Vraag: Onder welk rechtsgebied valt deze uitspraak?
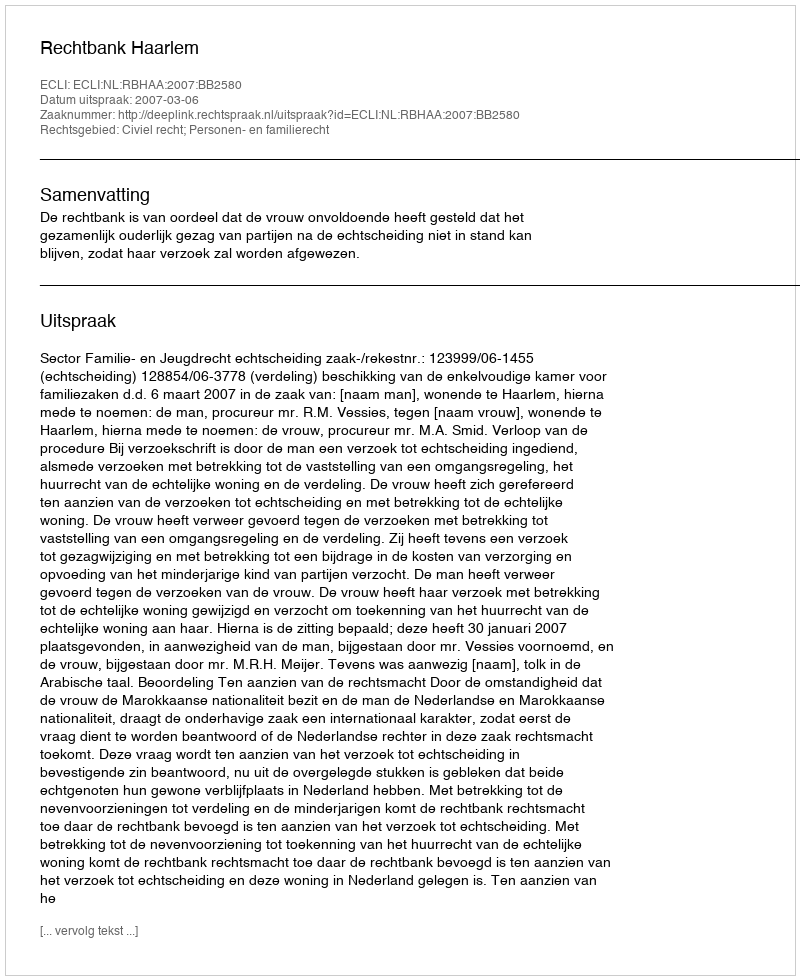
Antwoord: Civiel recht; Personen- en familierecht